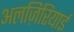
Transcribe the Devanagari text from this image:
अलज़िरियाई